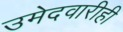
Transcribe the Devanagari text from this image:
उमेदवारीही